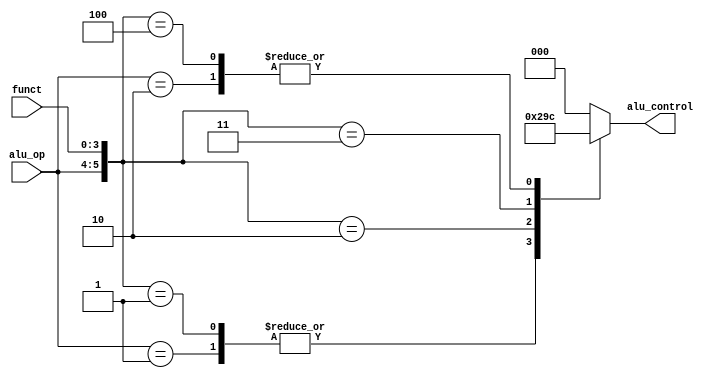
`timescale 1ps/1ps

module ALUControlUnit (
    input [1:0] alu_op,
    input [3:0] funct,
    output reg [2:0] alu_control
);
    always @(*) begin
        casex ({alu_op, funct})
            6'b11xxxx: alu_control = 3'd0;
            6'b01xxxx: alu_control = 3'd1;
            6'b10xxxx: alu_control = 3'd4;
            6'b000000: alu_control = 3'd0;
            6'b000001: alu_control = 3'd1;
            6'b000010: alu_control = 3'd2;
            6'b000011: alu_control = 3'd3;
            6'b000100: alu_control = 3'd4;
            default: alu_control = 3'd0;
        endcase
    end
endmodule